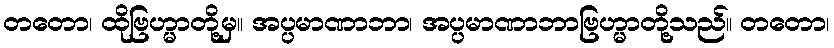
တတော၊ ထိုဗြဟ္မာတို့မှ။ အပ္ပမာဏာဘာ၊ အပ္ပမာဏာဘာဗြဟ္မာတို့သည်။ တတော၊